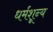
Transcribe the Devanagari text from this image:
धर्मशून्य